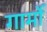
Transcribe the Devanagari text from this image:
गार्मो